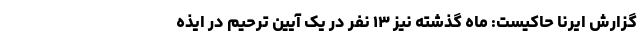
گزارش ایرنا حاکیست: ماه گذشته نیز ۱۳ نفر در یک آیین ترحیم در ایذه